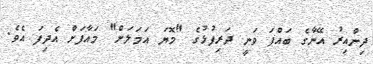
ދިންއިރު އޭނާގެ ބައްޕަ ވަނީ ދަރިފުޅުގެ "މޮޔަ އަމަލަށް" މައާފަށް އެދިފަ އެވެ.